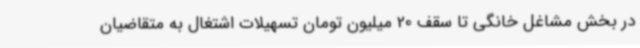
در بخش مشاغل خانگی تا سقف 20 میلیون تومان تسهیلات اشتغال به متقاضیان